Tartu_pedagoogiumi_aruanded, lk 6
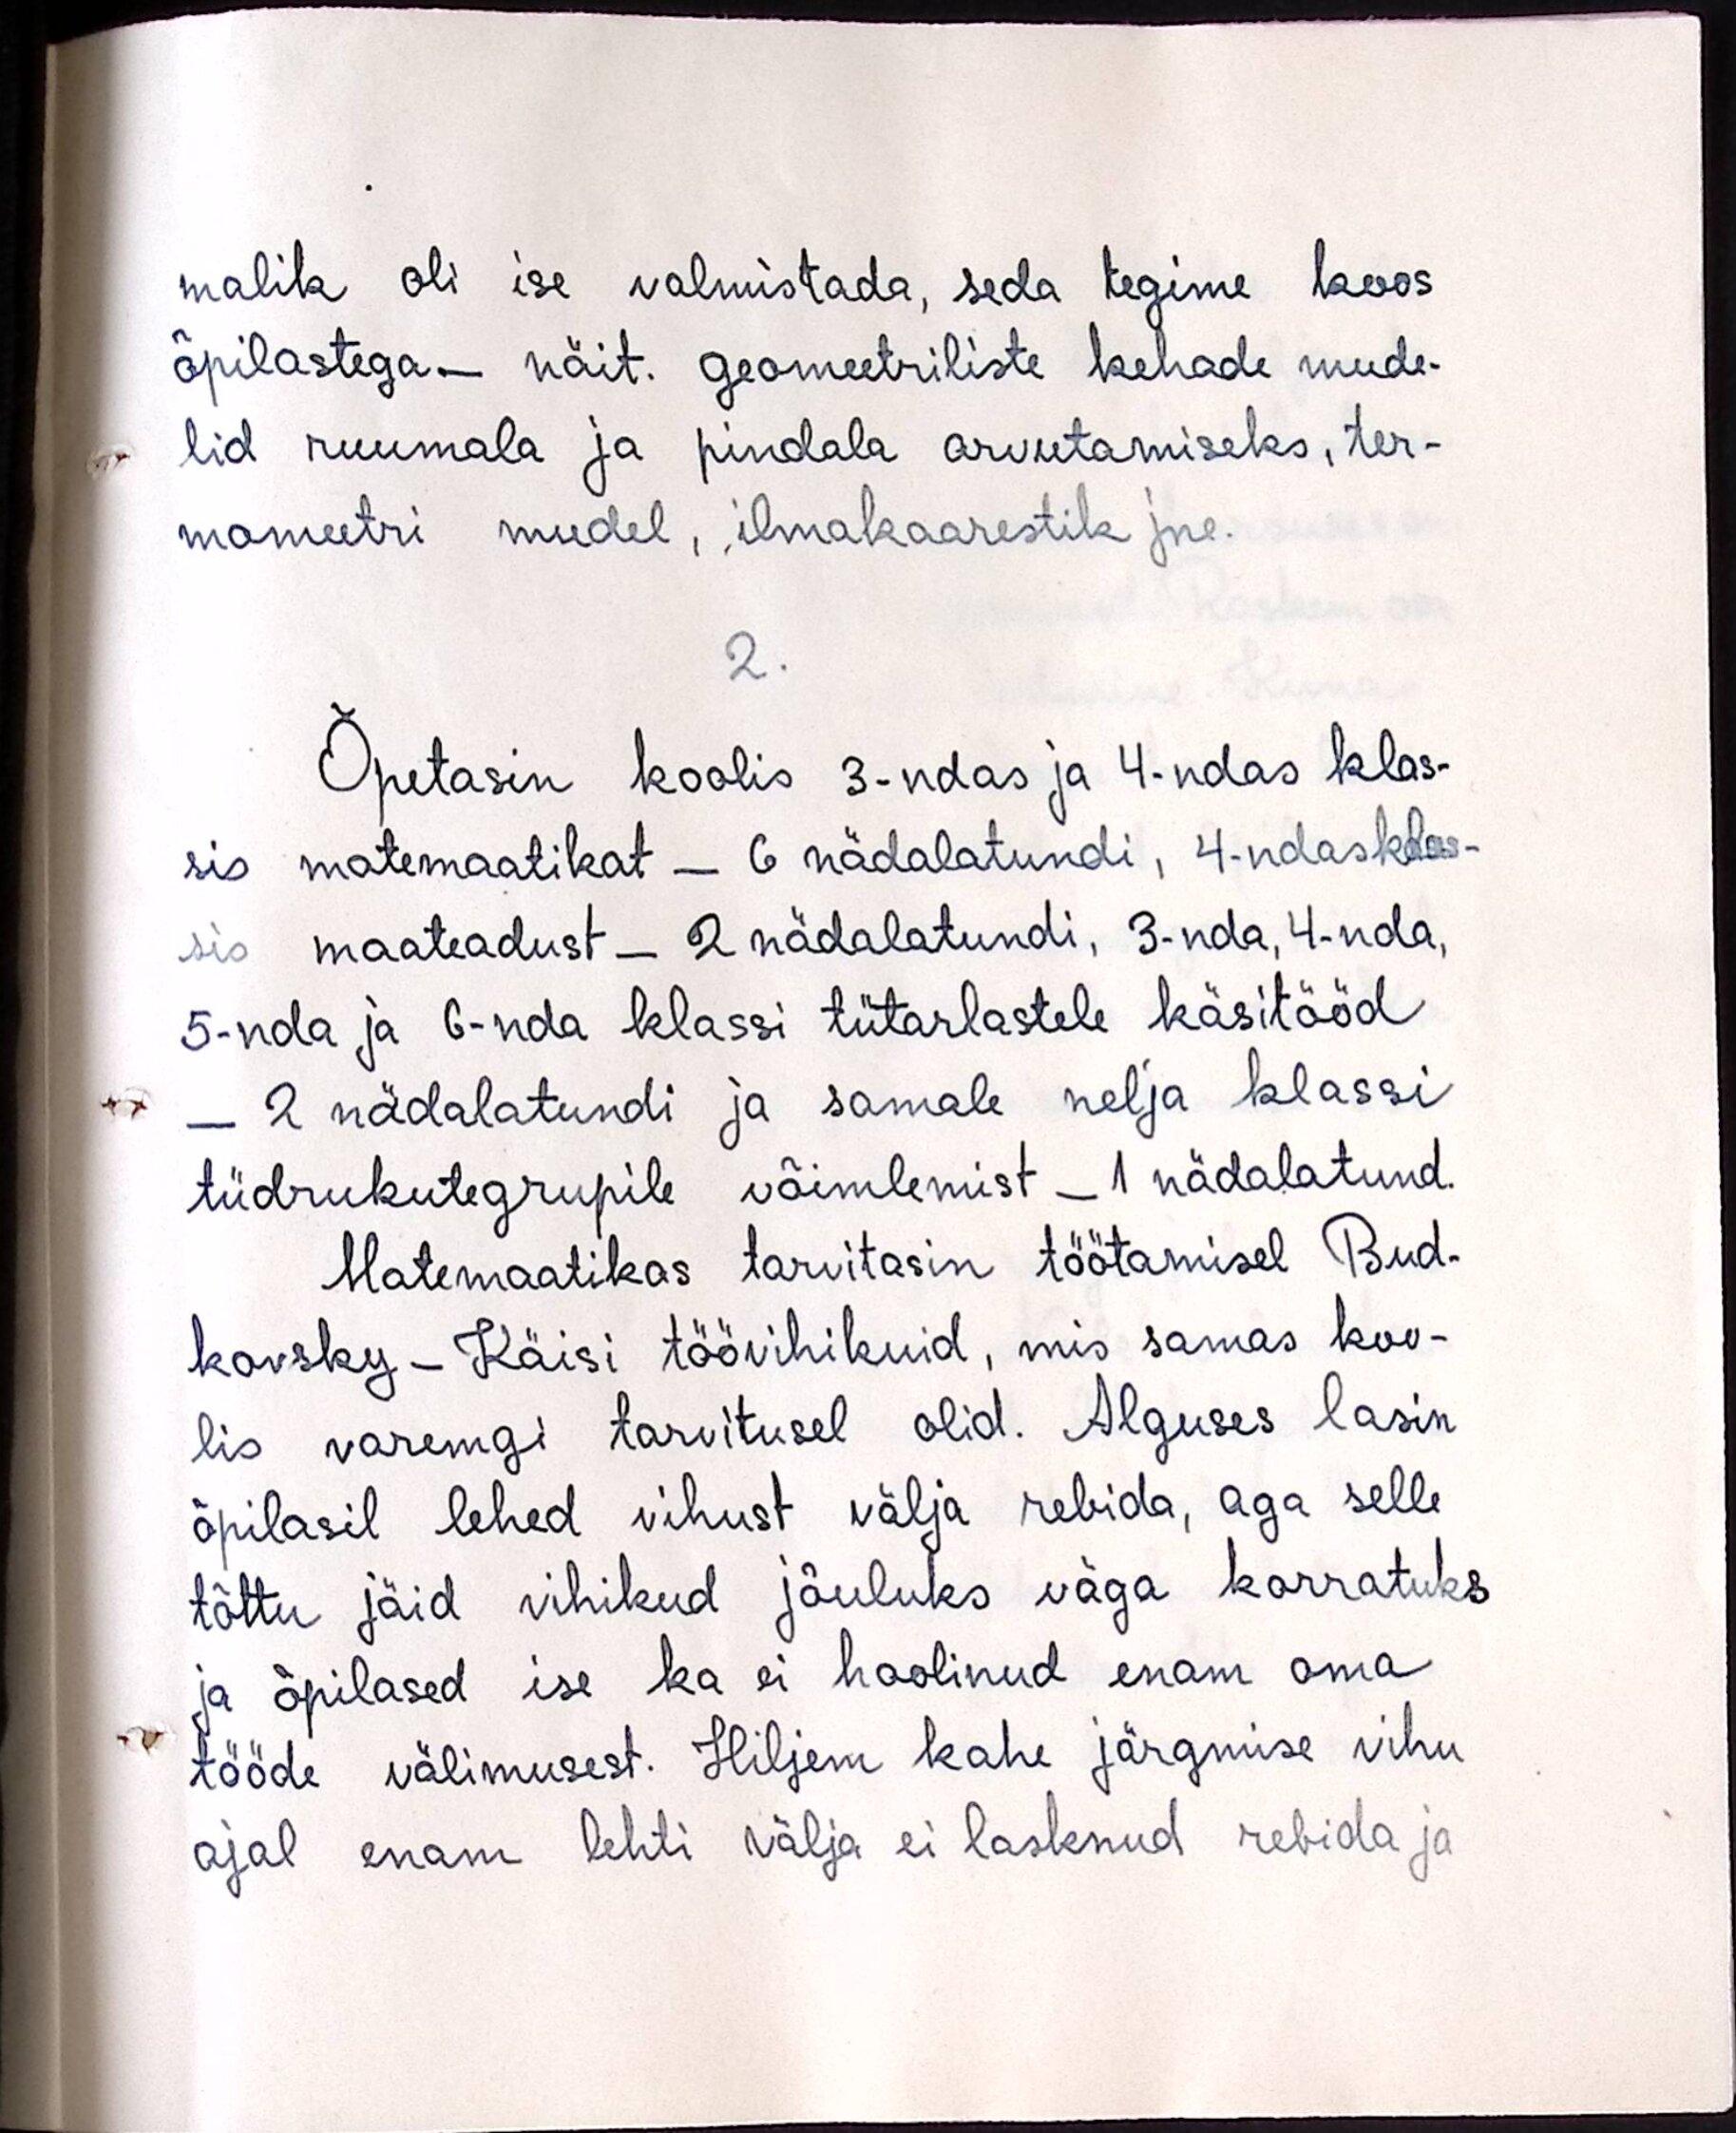
malik oli ise valmistada, seda tegime koos
õpilastega- näit. Geomeetriliste kehade mude-
lid ruumala ja pindala arvutamiseks, ter-
momeetri mudel, ilmakaarestik jne.
2
Õpetasin koolis 3-ndas ja 4-ndas klas-
sis matemaatikat - 6 nädalatundi, 4-ndas klas-
sis maateadust - 2 nädalatundi, 3-nda, 4-nda,
5-nda ja 6-nda klassi tütarlastele käsitööd
- 2 nädalatundi ja samale nelja klassi
tüdrukutegrupile võimlemist - 1 nädalatund.
Matemaatikas tarvitasin töötamisel Bud-
kovsky - Käisi töövihikuid, mis samas koo-
lis varemgi tarvitusel olid. Alguses lasin
õpilasil lehed vihust välja rebida, aga selle
tõttu jäid vihikud jõuluks väga korratuks
ja õpilased ise ka ei hoolinud enam oma
tööde välimusest. Hiljem kahe järgmise vihu
ajal enam lehti välja ei lasknud rebida ja